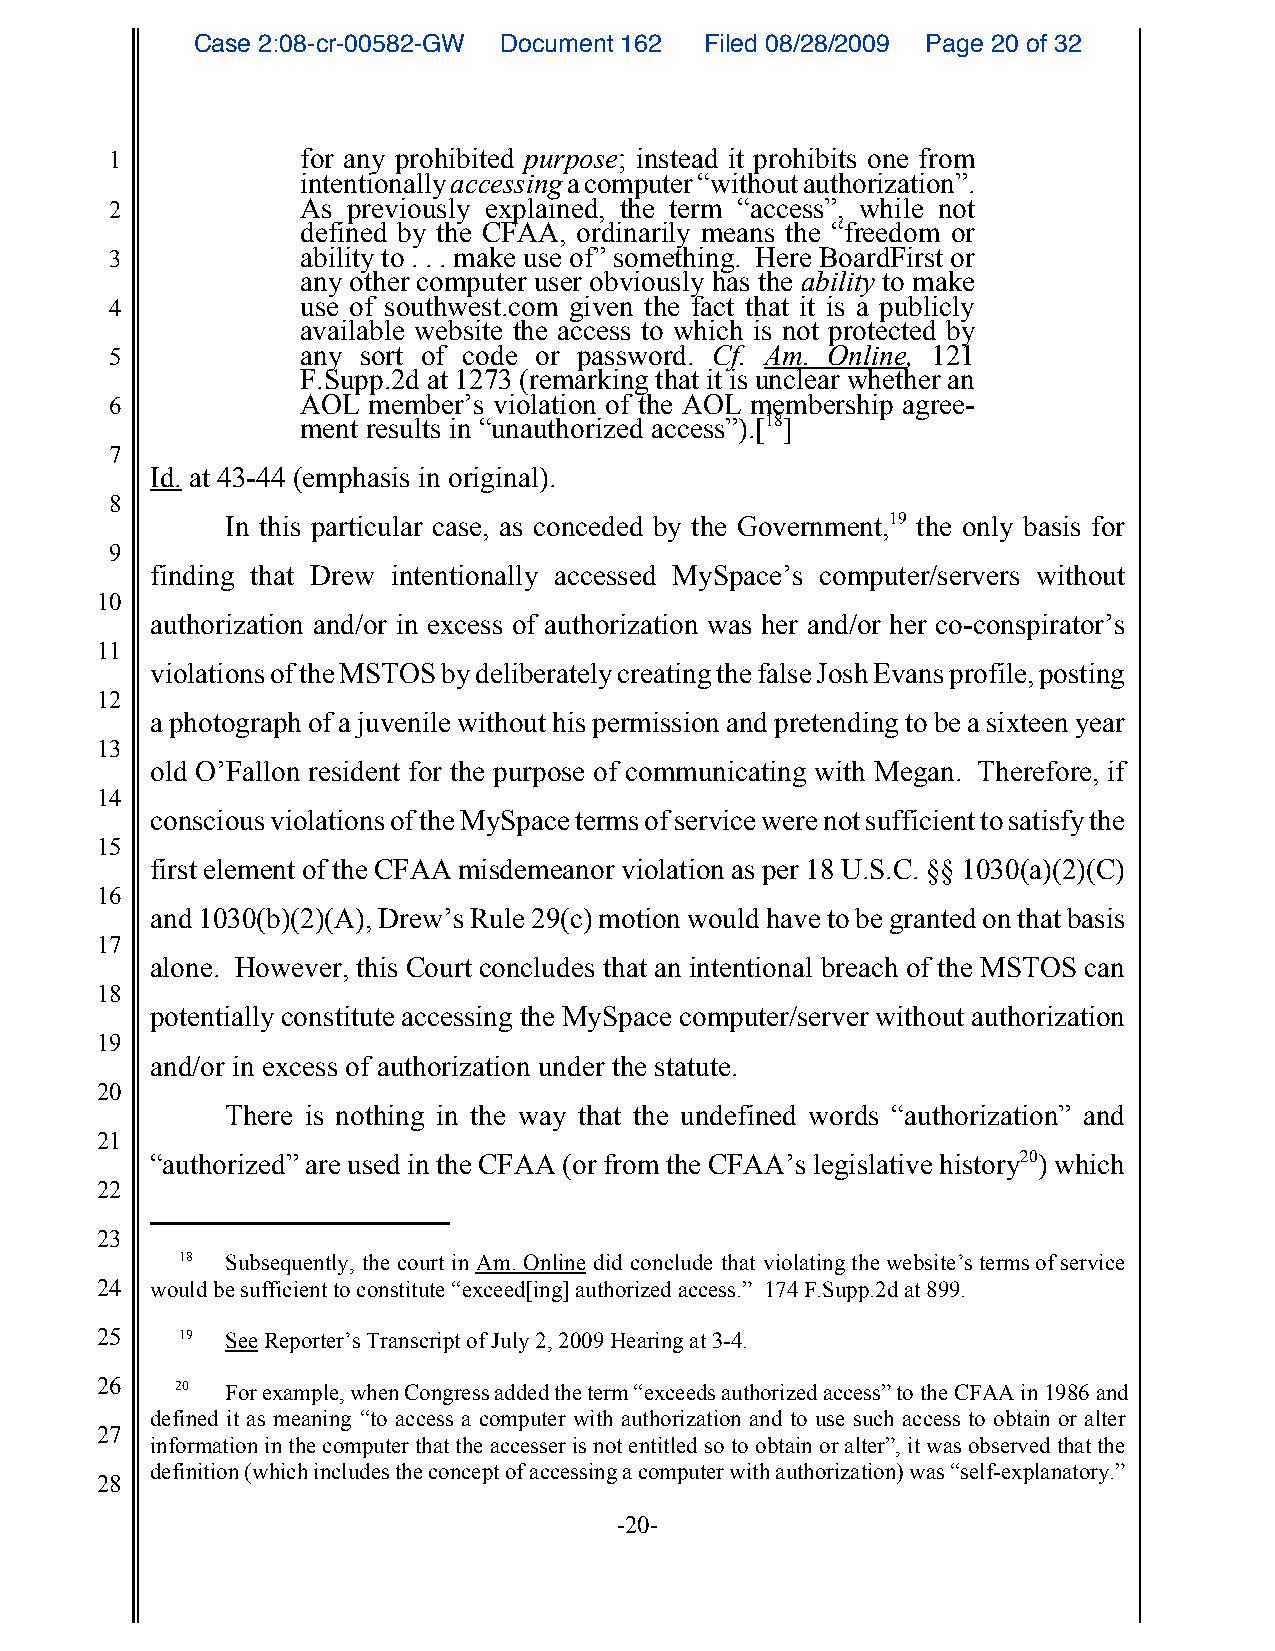
Case 2:08-cr-00582-GW Document 162 Filed 08/28/2009 Page 20 of 32
 1            for any prohibited purpose; instead it prohibits one from
 intentionally accessing a computer “without authorization”.
 2            As previously explained, the term “access”, while not
 defined by the CFAA, ordinarily means the “freedom or
 3            ability to . . . make use of” something. Here BoardFirst or
 any other computer user obviously has the ability to make
 4            use of southwest.com given the fact that it is a publicly
 available website the access to which is not protected by
 5            any sort of code or password. Cf. Am. Online, 121
 F.Supp.2d at 1273 (remarking that it is unclear whether an
 6            AOL member’s violation of the AOL membership agree-
 ment results in “unauthorized access”).[18]
 7
 Id. at 43-44 (emphasis in original).
 8
 In this particular case, as conceded by the Government,19 the only basis for
 9
 finding that Drew intentionally accessed MySpace’s computer/servers without
 10
 authorization and/or in excess of authorization was her and/or her co-conspirator’s
 11
 violations of the MSTOS by deliberately creating the false Josh Evans profile, posting
 12
 a photograph of a juvenile without his permission and pretending to be a sixteen year
 13
 old O’Fallon resident for the purpose of communicating with Megan. Therefore, if
 14
 conscious violations of the MySpace terms of service were not sufficient to satisfy the
 15
 first element of the CFAA misdemeanor violation as per 18 U.S.C. §§ 1030(a)(2)(C)
 16
 and 1030(b)(2)(A), Drew’s Rule 29(c) motion would have to be granted on that basis
 17
 alone. However, this Court concludes that an intentional breach of the MSTOS can
 18
 potentially constitute accessing the MySpace computer/server without authorization
 19
 and/or in excess of authorization under the statute.
 20
 There is nothing in the way that the undefined words “authorization” and
 21
 “authorized” are used in the CFAA (or from the CFAA’s legislative history20) which
 22
 23
 18 Subsequently, the court in Am. Online did conclude that violating the website’s terms of service
 24  would be sufficient to constitute “exceed[ing] authorized access.” 174 F.Supp.2d at 899.
 25    19 See Reporter’s Transcript of July 2, 2009 Hearing at 3-4.
 26    20 For example, when Congress added the term “exceeds authorized access” to the CFAA in 1986 and
 defined it as meaning “to access a computer with authorization and to use such access to obtain or alter
 27
 information in the computer that the accesser is not entitled so to obtain or alter”, it was observed that the
 definition (which includes the concept of accessing a computer with authorization) was “self-explanatory.”
 28
 -20-